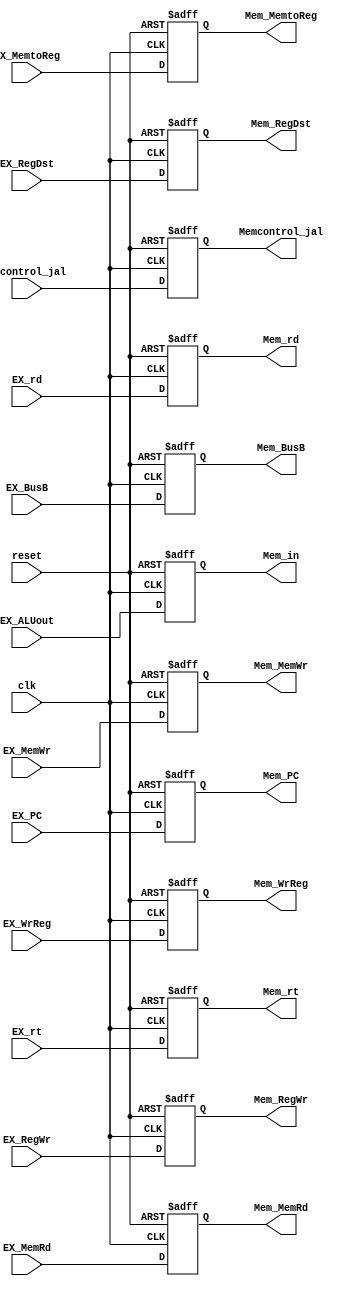
module EXMEM_reg(clk,reset,
                 EX_ALUout,Mem_in,
                 EX_MemWr,Mem_MemWr,
                 EX_MemRd,Mem_MemRd,
                 EX_BusB,Mem_BusB,
                 EX_RegWr,Mem_RegWr,
                 EX_MemtoReg,Mem_MemtoReg,
                 EX_RegDst,Mem_RegDst,
                 EX_WrReg,Mem_WrReg,
                 EX_PC,Mem_PC,
                 EX_rt,Mem_rt,
                 EXcontrol_jal,Memcontrol_jal,
                 EX_rd,Mem_rd);
input clk,reset,EX_MemWr,EX_MemRd,EX_RegWr;
input[31:0]EX_ALUout,EX_BusB,EX_PC;
input[1:0]EX_MemtoReg,EX_RegDst;
input[4:0]EX_WrReg,EX_rt,EX_rd;
input EXcontrol_jal;
output reg Memcontrol_jal;
output reg[4:0]Mem_WrReg,Mem_rt,Mem_rd;
output reg[1:0]Mem_MemtoReg,Mem_RegDst;
output reg Mem_MemWr,Mem_MemRd,Mem_RegWr;
output reg [31:0]Mem_in,Mem_BusB,Mem_PC;
always@(posedge clk or posedge reset) begin
if(reset) begin
Mem_MemWr=0;
Mem_MemRd=0;
Mem_in=0;
Mem_BusB=0;
Mem_MemtoReg=0;
Mem_WrReg=0;
Mem_RegWr=0;
Mem_RegDst=0;
Mem_PC=32'h80000000;
Mem_rt=0;
Mem_rd=0;
Memcontrol_jal=0;
end
else begin
Mem_MemWr=EX_MemWr;
Mem_MemRd=EX_MemRd;
Mem_in=EX_ALUout;
Mem_BusB=EX_BusB;
Mem_MemtoReg=EX_MemtoReg;
Mem_WrReg=EX_WrReg;
Mem_RegWr=EX_RegWr;
Mem_RegDst=EX_RegDst;
Mem_PC=EX_PC;
Mem_rt=EX_rt;
Mem_rd=EX_rd;
Memcontrol_jal=EXcontrol_jal;
end
end
endmodule